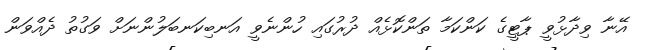
އޭނާ ވިދާޅުވީ ޕާޓީގެ ކަންކަމާ ތަންކޮޅެއް ދުރުގައި ހުންނެވީ އަނބިކަނބަލުންނަށް ވަގުތު ދެއްވަން